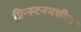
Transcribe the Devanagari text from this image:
प्रिन्स्टनमधील